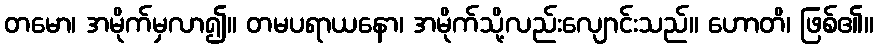
တမော၊ အမိုက်မှလာ၍။ တမပရာယနော၊ အမိုက်သို့လည်းလျောင်းသည်။ ဟောတိ၊ ဖြစ်၏။